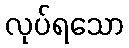
လုပ်ရသော